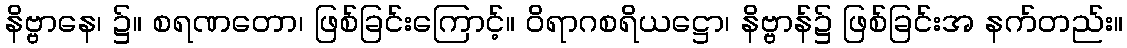
နိဗ္ဗာနေ၊ ၌။ စရဏတော၊ ဖြစ်ခြင်းကြောင့်။ ဝိရာဂစရိယဋ္ဌော၊ နိဗ္ဗာန်၌ ဖြစ်ခြင်းအ နက်တည်း။